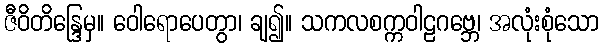
ဇီဝိတိန္ဒြေမှ။ ဝေါရောပေတွာ၊ ချ၍။ သကလစက္ကဝါဠဂဗ္ဘေ၊ အလုံးစုံသော